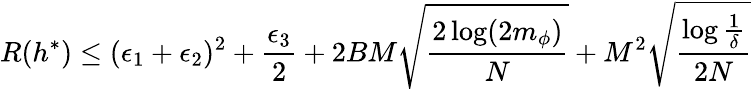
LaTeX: R(h^{*})\leq(\epsilon_{1}+\epsilon_{2})^{2}+\frac{\epsilon_{3}}{2}+2BM\sqrt{\frac{2\log(2m_{\phi})}{N}}+M^{2}\sqrt{\frac{\log{\frac{1}{\delta}}}{2N}}